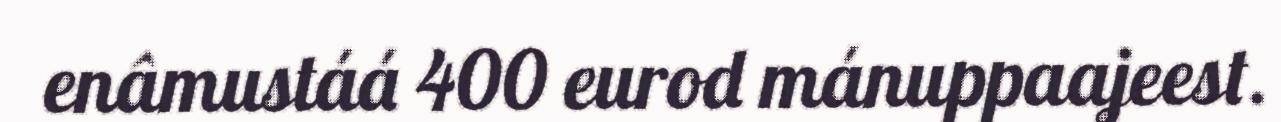
enâmustáá 400 eurod mánuppaajeest.